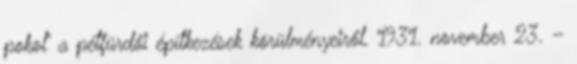
pokol” a pétfürdői építkezések körülményeiről. 1931. november 23. –